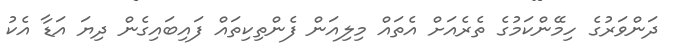
ދަންވަރުގެ ހިމޭންކަމުގެ ތެރެއަށް އެތައް މިލިއަން ފެންތިކިތައް ފައިބައިގެން ދިޔަ އަޑާ އެކު